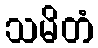
သမိတံ